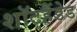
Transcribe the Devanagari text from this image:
शॉटहैंडेड